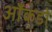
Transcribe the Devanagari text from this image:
आँकडो़